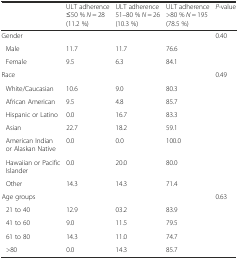
<table><thead><tr><td></td><td><b>ULT adherence ≤50 % <i>N</i> = 28 (11.2 %)</b></td><td><b>ULT adherence 51–80 % <i>N</i> = 26 (10.3 %)</b></td><td><b>ULT adherence &gt;80 % <i>N</i> = 195 (78.5 %)</b></td><td><b><i>P</i>-value</b></td></tr></thead><tbody><tr><td>Gender</td><td></td><td></td><td></td><td>0.40</td></tr><tr><td>Male</td><td>11.7</td><td>11.7</td><td>76.6</td><td></td></tr><tr><td>Female</td><td>9.5</td><td>6.3</td><td>84.1</td><td></td></tr><tr><td>Race</td><td></td><td></td><td></td><td>0.49</td></tr><tr><td>White/Caucasian</td><td>10.6</td><td>9.0</td><td>80.3</td><td></td></tr><tr><td>African American</td><td>9.5</td><td>4.8</td><td>85.7</td><td></td></tr><tr><td>Hispanic or Latino</td><td>0.0</td><td>16.7</td><td>83.3</td><td></td></tr><tr><td>Asian</td><td>22.7</td><td>18.2</td><td>59.1</td><td></td></tr><tr><td>American Indian or Alaskan Native</td><td>0.0</td><td>0.0</td><td>100.0</td><td></td></tr><tr><td>Hawaiian or Pacific Islander</td><td>0.0</td><td>20.0</td><td>80.0</td><td></td></tr><tr><td>Other</td><td>14.3</td><td>14.3</td><td>71.4</td><td></td></tr><tr><td>Age groups</td><td></td><td></td><td></td><td>0.63</td></tr><tr><td>21 to 40</td><td>12.9</td><td>03.2</td><td>83.9</td><td></td></tr><tr><td>41 to 60</td><td>9.0</td><td>11.5</td><td>79.5</td><td></td></tr><tr><td>61 to 80</td><td>14.3</td><td>11.0</td><td>74.7</td><td></td></tr><tr><td>&gt;80</td><td>0.0</td><td>14.3</td><td>85.7</td><td></td></tr></tbody></table>